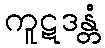
ကူဋဒန္တံ